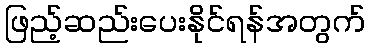
ဖြည့်ဆည်းပေးနိုင်ရန်အတွက်